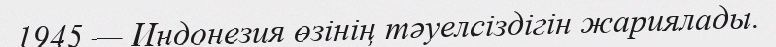
1945 — Индонезия өзінің тәуелсіздігін жариялады.